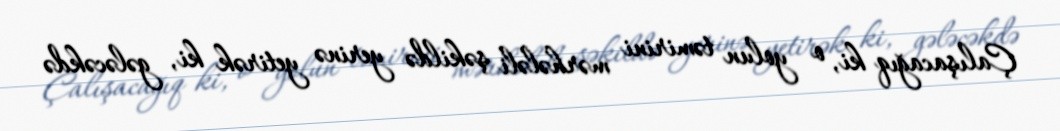
Çalışacağıq ki, o yolun təmirini mərhələli şəkildə yerinə yetirək ki, gələcəkdə